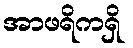
အာဖရိကရှိ